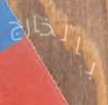
بالخارج